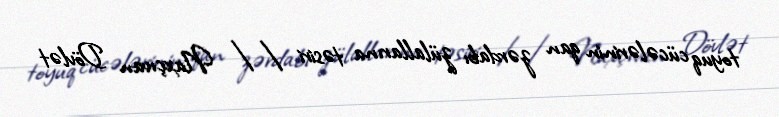
toyuq cücələrinin qan zərdabı zülallarına təsiri // Naxçıvan Dövlət